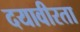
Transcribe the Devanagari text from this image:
दयावीरता